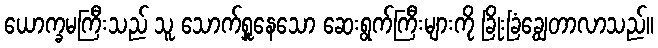
ယောက္ခမကြီးသည် သူ သောက်ရှူနေသော ဆေးရွက်ကြီးများကို ခြိုးခြံချွေတာလာသည်။